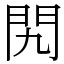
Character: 𨳊